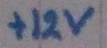
Text: +12v